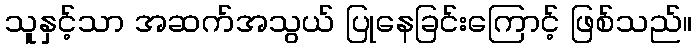
သူနှင့်သာ အဆက်အသွယ် ပြုနေခြင်းကြောင့် ဖြစ်သည်။